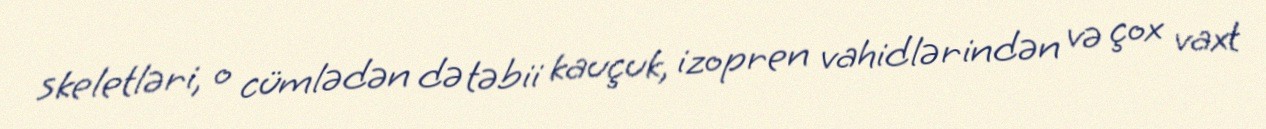
skeletləri, o cümlədən də təbii kauçuk, izopren vahidlərindən və çox vaxt